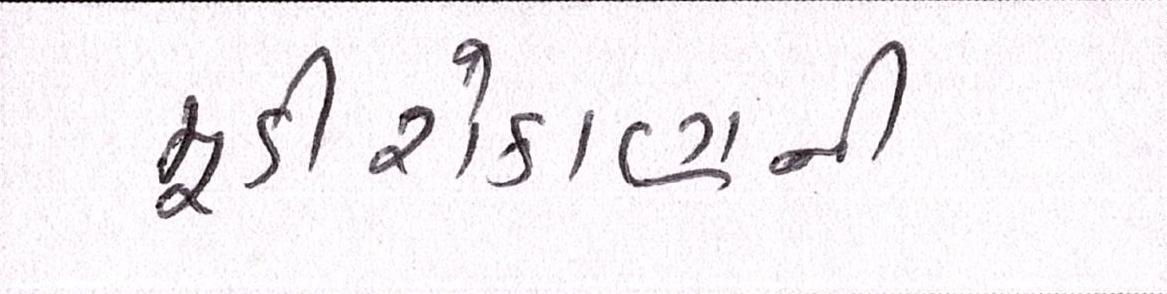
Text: મૂડીરોકાણની